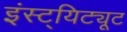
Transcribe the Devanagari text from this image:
इंस्ट्यिट्यूट